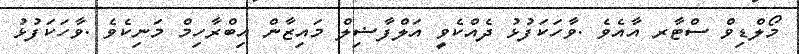
މޯލްޑިވް ސްޓާރ އާއެވެ .ވާހަކަފުޅު ދެއްކެވީ އަލްފާޟިލް މައިޒާން އިބްރާހިމް މަނިކެވެ .ވާހަކަފުޅު